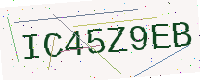
Text: IC45Z9EB